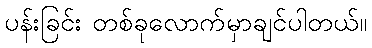
ပန်းခြင်း တစ်ခုလောက်မှာချင်ပါတယ်။